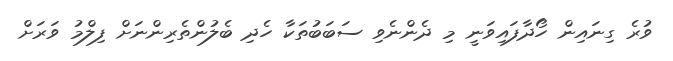
ވުރެ ގިނައިން ހޯދާފައިވަނީ މި ދެންނެވި ސަބަބުތަކާ ހެދި ބެލުންތެރިންނަށް ފިލްމު ވަރަށް